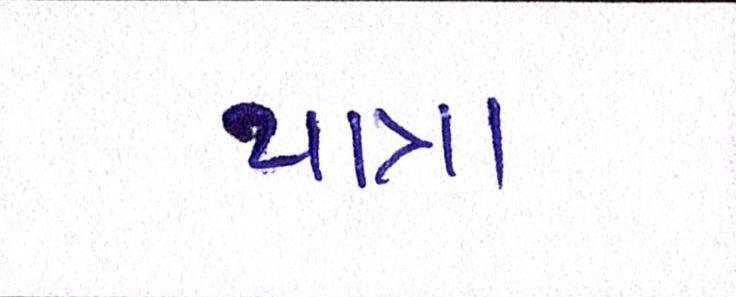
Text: યાત્રા